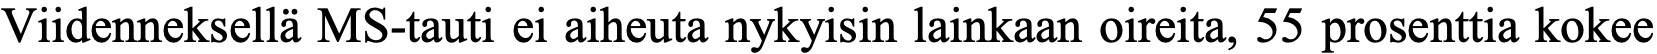
Viidenneksellä MS-tauti ei aiheuta nykyisin lainkaan oireita, 55 prosenttia kokee